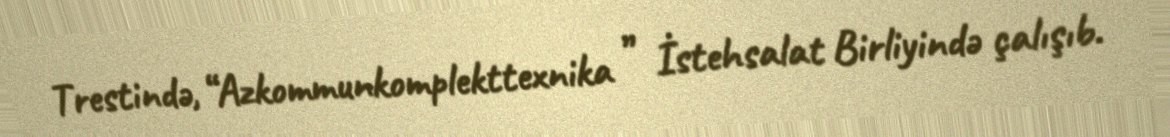
Trestində, “Azkommunkomplekttexnika ” İstehsalat Birliyində çalışıb.